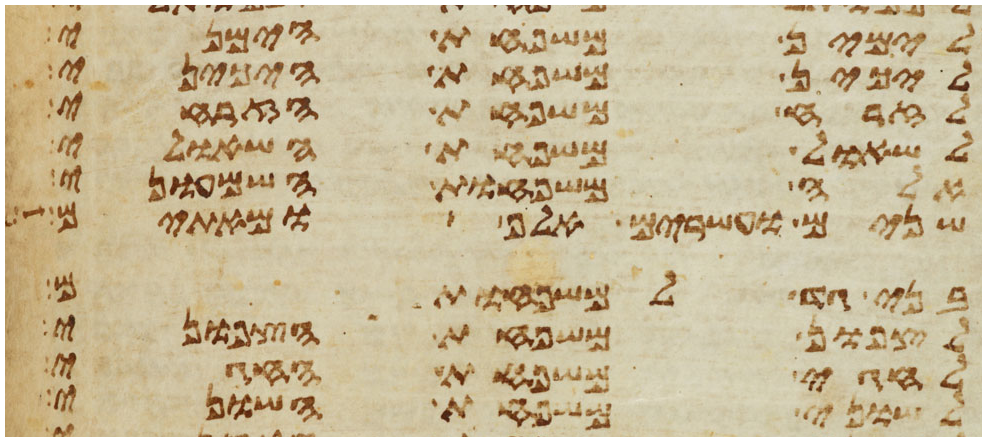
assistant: לימין משפחת הימיני
ליכין משפחת היכיני
לזרח משפחת הזרחי
לשאול משפחת השאולי
אלה משפחות השמעוני
שנים ועשרים אלף ומאתים
בני גד למשפחותם
לצפון משפחת הצפוני
לחגי משפחת החגי
לשוני משפחת השוני